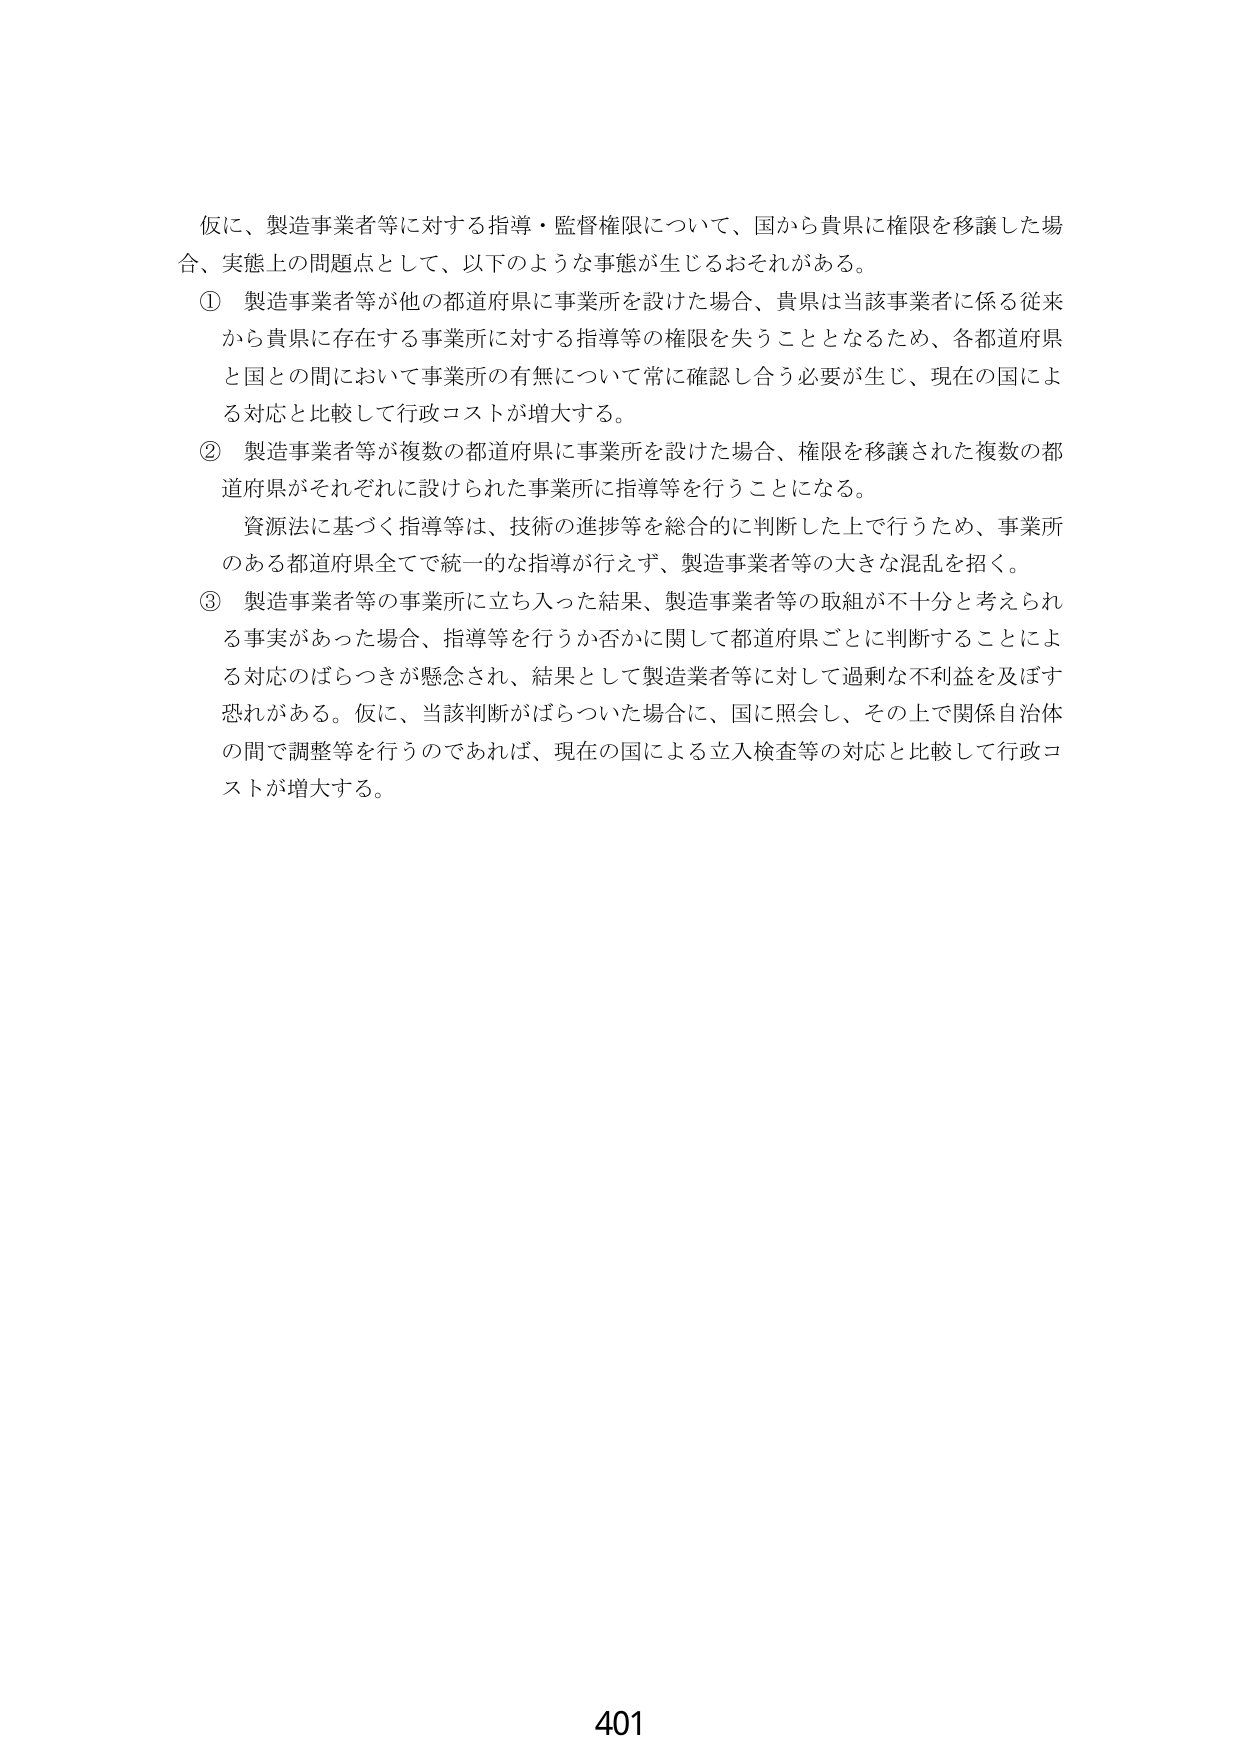
仮に、製造事業者等に対する指導・監督権限について、国から貴県に権限を移譲した場合、実態上の問題点として、以下のような事態が生じるおそれがある。

① 製造事業者等が他の都道府県に事業所を設けた場合、貴県は当該事業者に係る従来から貴県に存在する事業所に対する指導等の権限を失うこととなるため、各都道府県と国との間において事業所の有無について常に確認し合う必要が生じ、現在の国による対応と比較して行政コストが増大する。

② 製造事業者等が複数の都道府県に事業所を設けた場合、権限を移譲された複数の都道府県がそれぞれに設けられた事業所に指導等を行うことになる。

資源法に基づく指導等は、技術の進捗等を総合的に判断した上で行うため、事業所のある都道府県全てで統一的な指導が行えず、製造事業者等の大きな混乱を招く。

③ 製造事業者等の事業所に立ち入った結果、製造事業者等の取組が不十分と考えられる事実があった場合、指導等を行うか否かに関して都道府県ごとに判断することによる対応のばらつきが懸念され、結果として製造業者等に対して過剰な不利益を及ぼす恐れがある。仮に、当該判断がばらついた場合に、国に照会し、その上で関係自治体の間で調整等を行うのであれば、現在の国による立入検査等の対応と比較して行政コストが増大する。

401